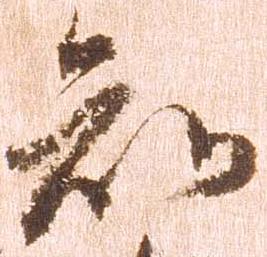
知